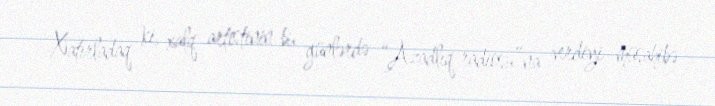
Xatırladaq ki, xalq artistinin bu günlərdə “Azadlıq radiosu”na verdiyi müsahibə